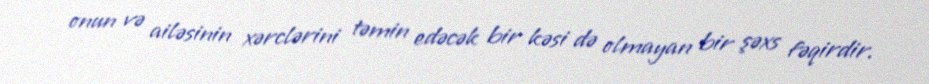
onun və ailəsinin xərclərini təmin edəcək bir kəsi də olmayan bir şəxs fəqirdir.